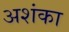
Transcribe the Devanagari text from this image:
अशंका